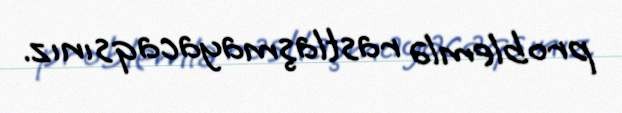
problemlə rastlaşmayacaqsınız.